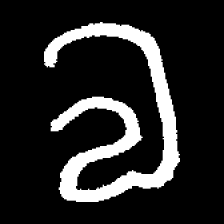
Pyu character \u2014 Myanmar letter: လ (romanized: la)